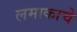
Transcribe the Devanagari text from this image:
लमाकाचे